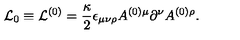
{ \cal L } _ { 0 } \equiv { \cal L } ^ { ( 0 ) } = \frac { \kappa } { 2 } \epsilon _ { \mu \nu \rho } A ^ { ( 0 ) \mu } \partial ^ { \nu } A ^ { ( 0 ) \rho } .